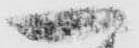
一